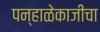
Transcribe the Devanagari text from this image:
पन्हाळेकाजीचा